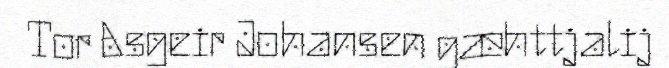
Tor Asgeir Johansen gæhttjalij